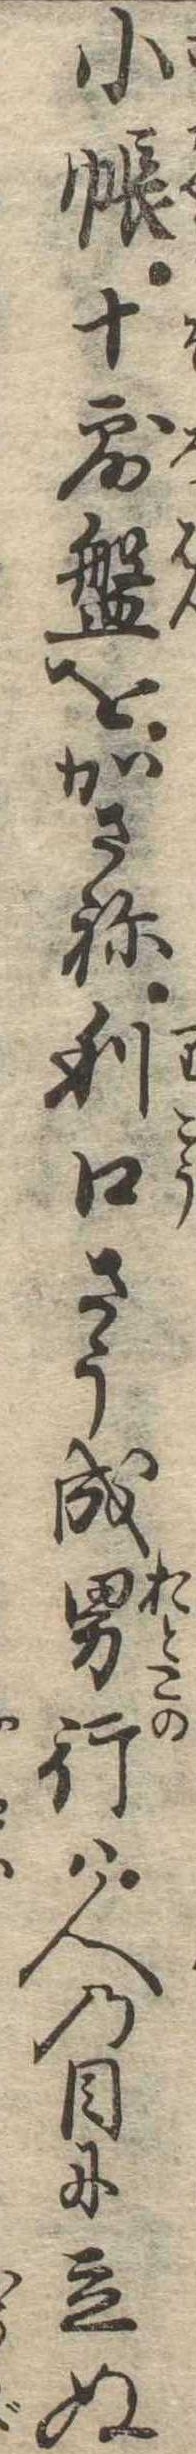
小帳十露盤をかさね利口さう成男行は人の目に立ぬ